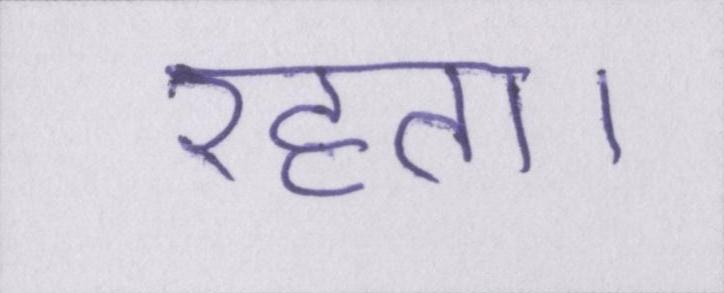
रहता।